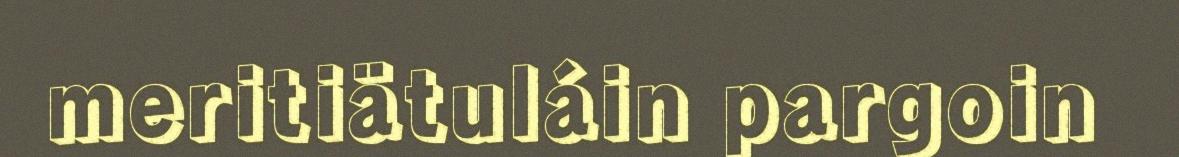
meritiätuláin pargoin